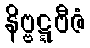
နိဗ္ဗဋ္ဋဗီဇံ